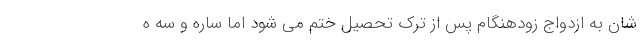
شان به ازدواج زودهنگام پس از ترک تحصیل ختم می شود اما ساره و سه ه